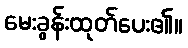
မေးခွန်းထုတ်ပေး၏။